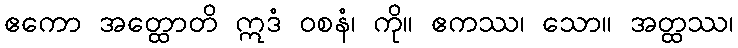
ဧကော အတ္ထောတိ ဣဒံ ဝစနံ၊ ကို။ ဧကဿ၊ သော။ အတ္ထဿ၊